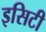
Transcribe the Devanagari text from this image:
इसिटी